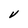
Character: V